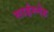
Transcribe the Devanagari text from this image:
साईस्नेह